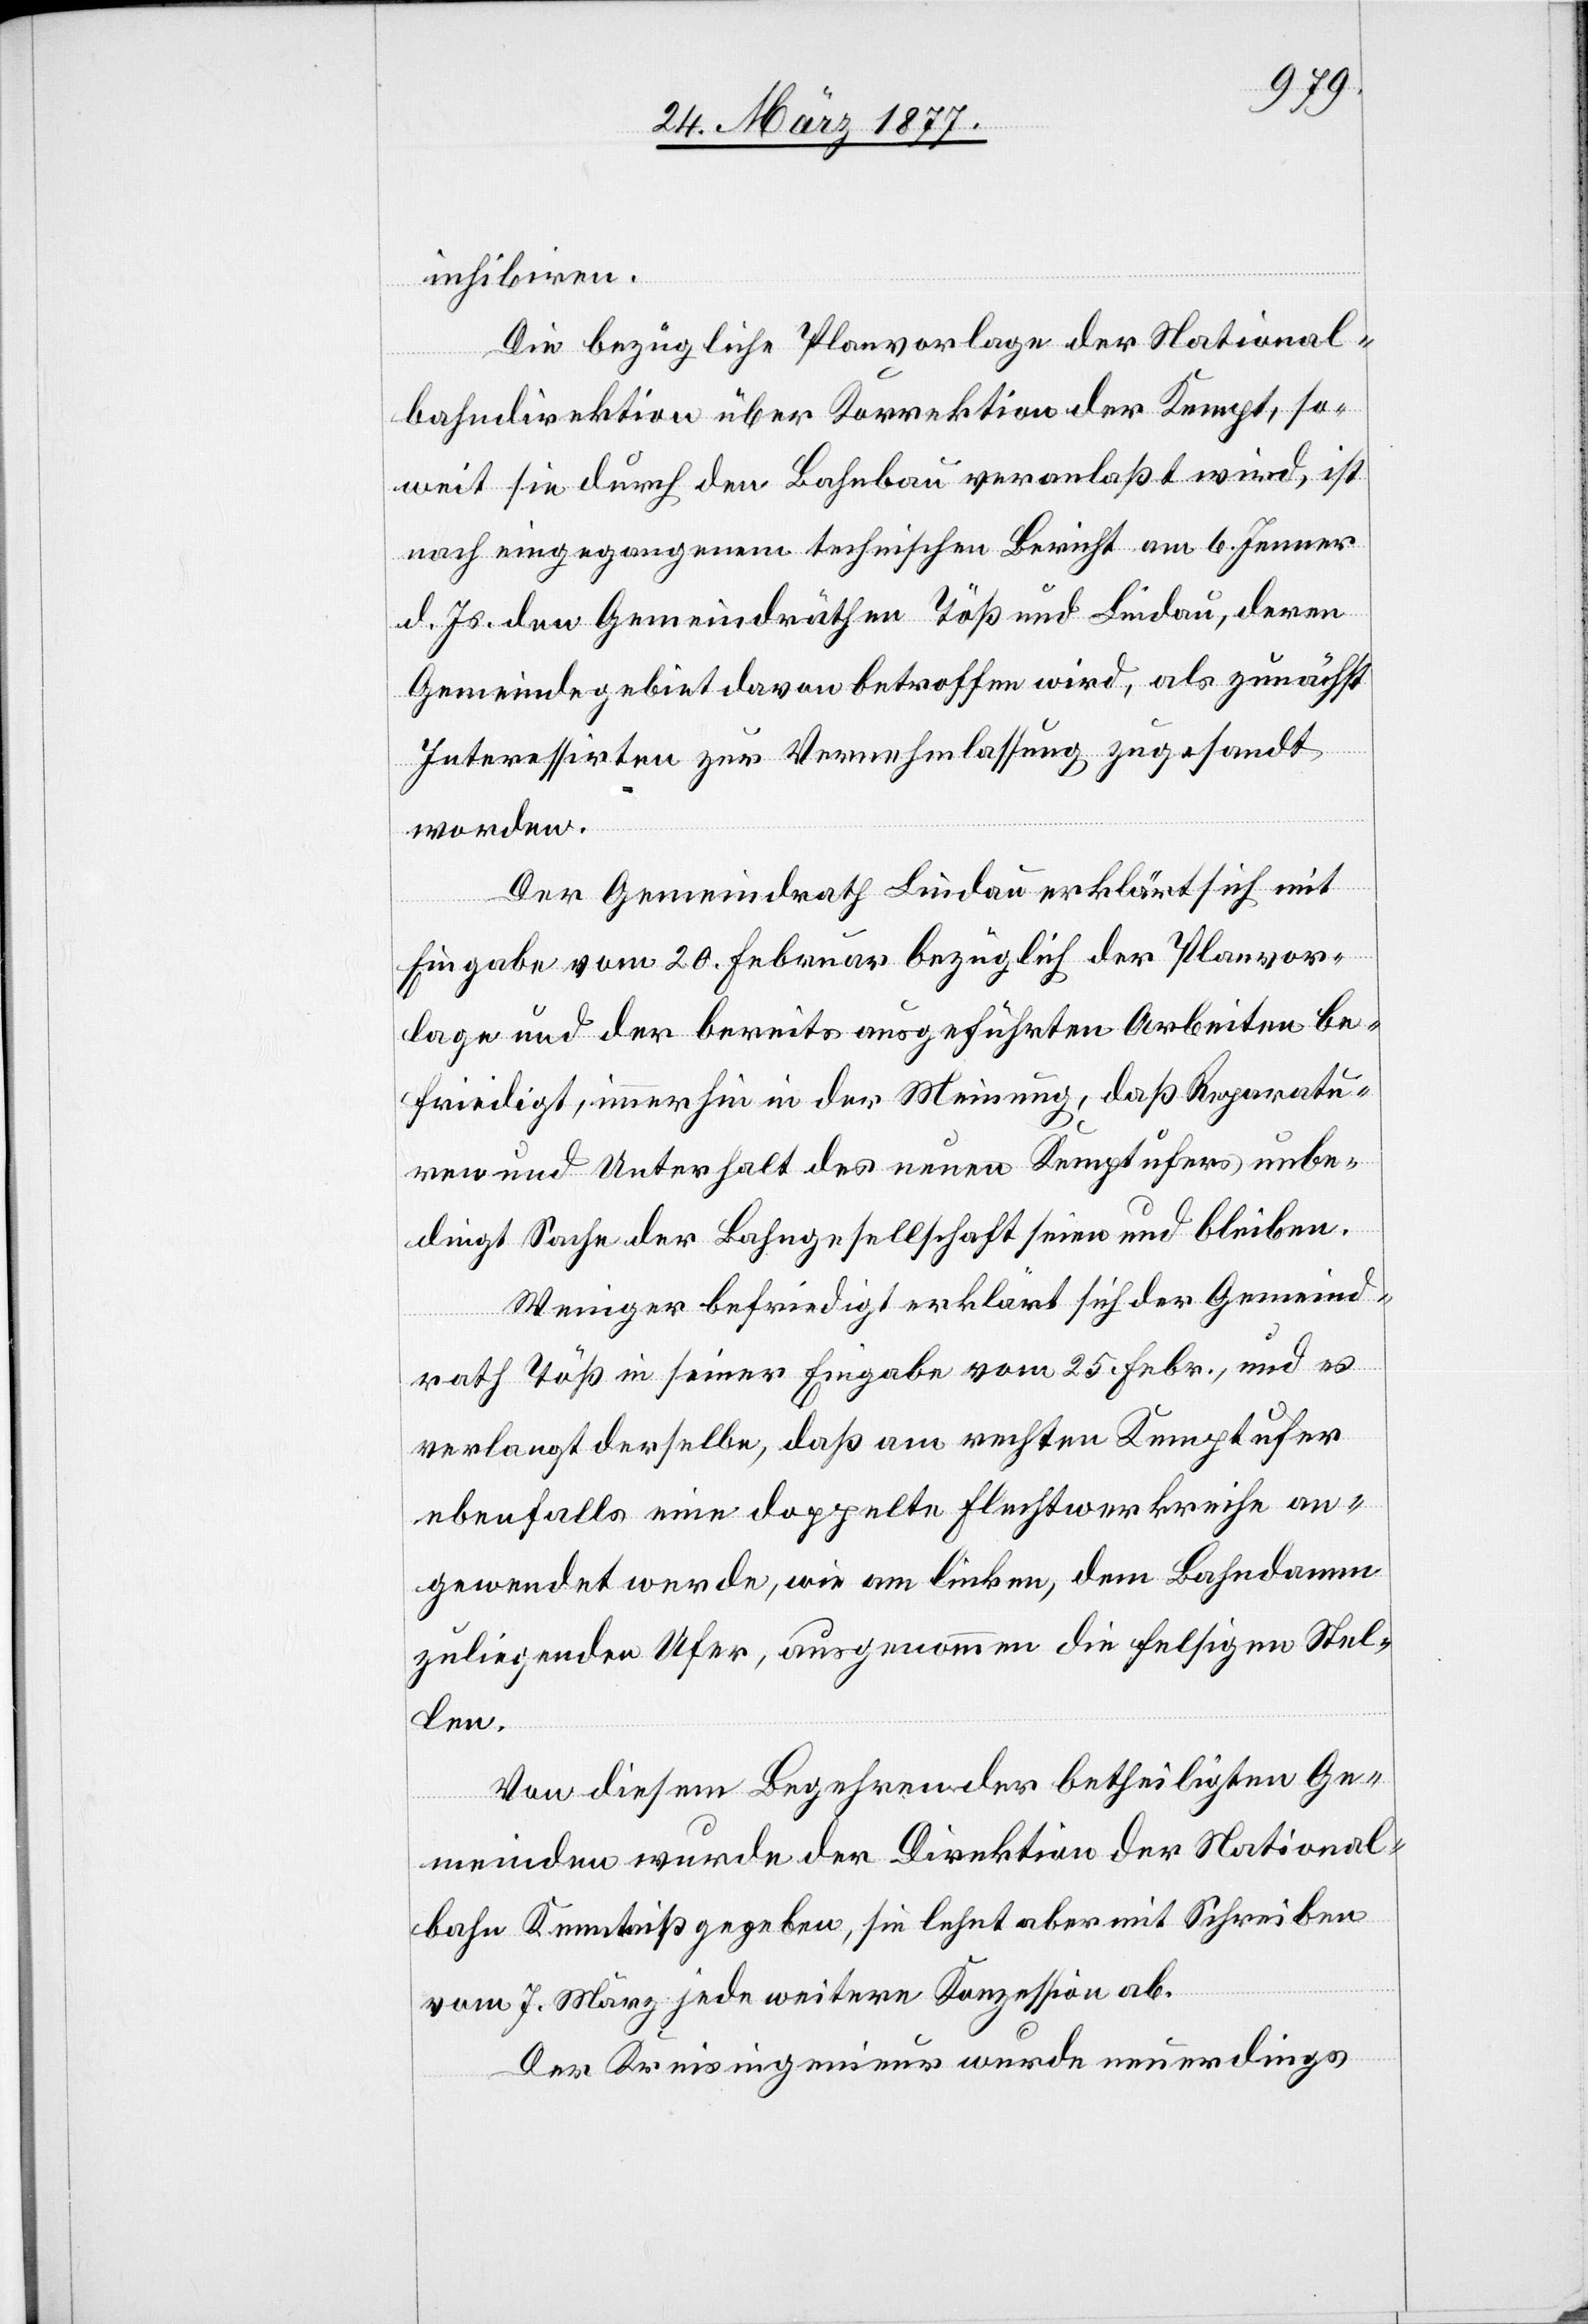
inhibiren.
Die bezügliche Planvorlage der National¬
bahndirektion über Korrektion der Kempt, so¬
weit sie durch den Bahnbau veranlaßt wird, ist
nach eingegangenem technischen Bericht am 6. Jenner
d. Js. den Gemeindräthen Töß und Lindau, deren
Gemeindegebiet davon betroffen wird, als zunächst
Interessirten zur Vernehmlassung zugesandt
worden.
Der Gemeindrath Lindau erklärt sich mit
Eingabe vom 20. Februar bezüglich der Planvor¬
lage und der bereits ausgeführten Arbeiten be¬
friedigt, immerhin in der Meinung, daß Reparatu¬
ren und Unterhalt des neuen Kemptufers unbe¬
dingt Sache der Bahngesellschaft seien und bleiben.
Weniger befriedigt erklärt sich der Gemeind¬
rath Töß in seiner Eingabe vom 25. Febr., und es
verlangt derselbe, daß am rechten Kemptufer
ebenfalls eine doppelte Flechtwerkreihe an¬
gewendet werde, wie am linken, dem Bahndamm
zuliegenden Ufer, ausgenommen die felsigen Stel¬
len.
Von diesem Begehren der betheiligten Ge¬
meinden wurde der Direktion der National¬
bahn Kenntniß gegeben, sie lehnt aber mit Schreiben
vom 7. März jede weitere Konzession ab.
Der Kreisingenieur wurde neuerdings